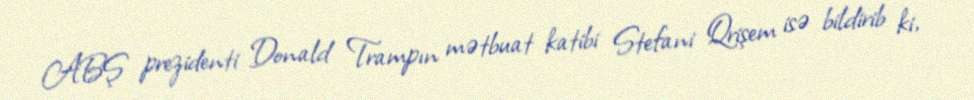
ABŞ prezidenti Donald Trampın mətbuat katibi Stefani Qrişem isə bildirib ki,